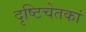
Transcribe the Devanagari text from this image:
दृष्टिचेतकां